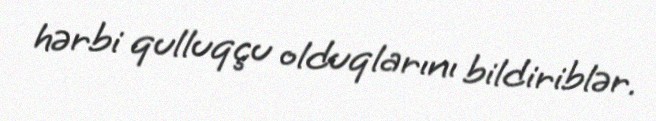
hərbi qulluqçu olduqlarını bildiriblər.